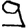
Digit: 9